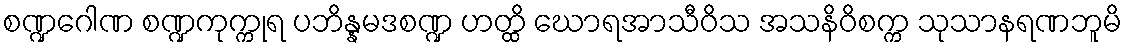
စဏ္ဍဂေါဏ စဏ္ဍကုက္ကုရ ပဘိန္နမဒစဏ္ဍ ဟတ္ထိ ဃောရအာသီဝိသ အသနိဝိစက္က သုသာနရဏဘူမိ